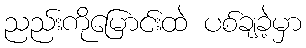
ညည်းကိုမြောင်းထဲ ပစ်ချခဲ့မှာ